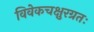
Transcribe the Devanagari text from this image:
विवेकचक्षुरग्रतः